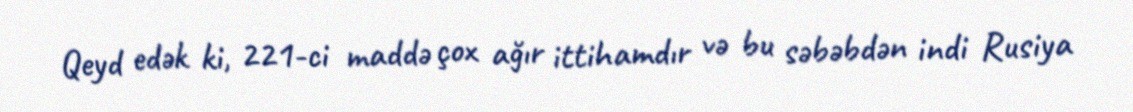
Qeyd edək ki, 221-ci maddə çox ağır ittihamdır və bu səbəbdən indi Rusiya